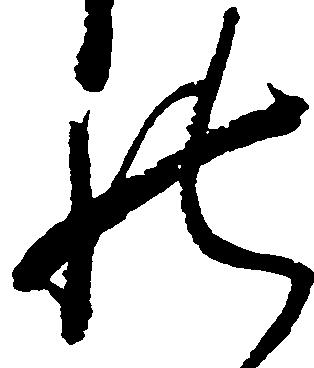
の